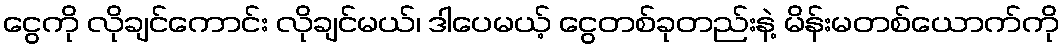
ငွေကို လိုချင်ကောင်း လိုချင်မယ်၊ ဒါပေမယ့် ငွေတစ်ခုတည်းနဲ့ မိန်းမတစ်ယောက်ကို